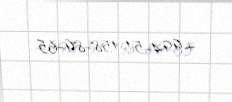
+994-51-158-89-65